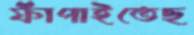
ফাঁপাইতেছ